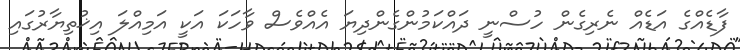
ފާޑެއްގެ އަޑެއް ނެރިގެން ހުސްނީ ދައްކަމުންގެންދިޔަ އެއްވެސް ވާހަކަ އަކީ އަމިއްލަ އިޚުތިޔާރުގައި